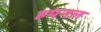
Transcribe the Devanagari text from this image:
हयनल